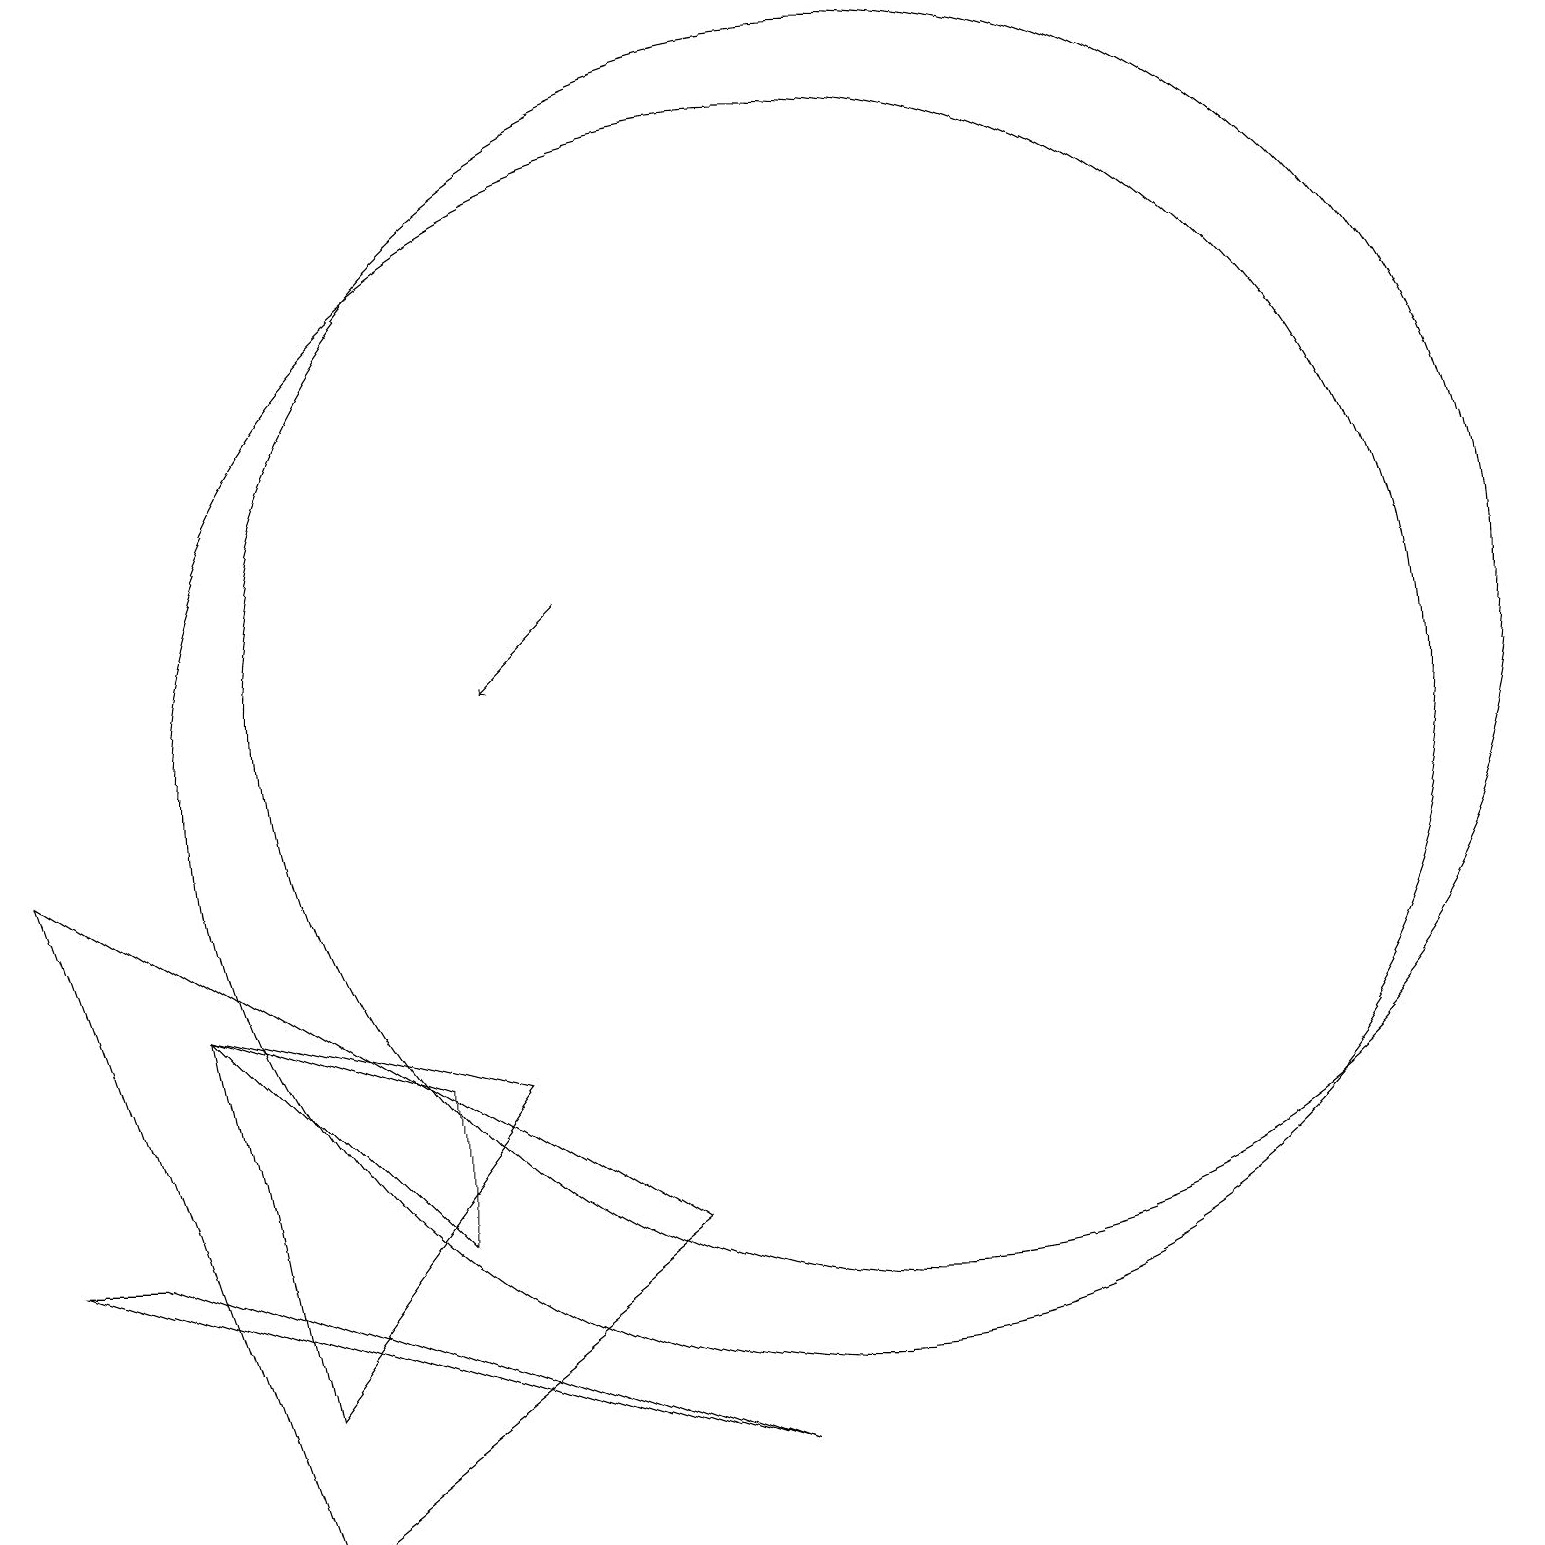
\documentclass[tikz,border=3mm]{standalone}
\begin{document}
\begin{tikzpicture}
\draw (11,11) circle (8);
\draw (2,7) -- (5,4) -- (5,6) -- cycle;
\draw (1,4) -- (9,1) -- (0,4) -- cycle;
\draw (3,2) -- (2,7) -- (6,6) -- cycle;
\draw (11,10) circle (0);
\draw (10,10) circle (8);
\draw (0,9) -- (3,0) -- (8,4) -- cycle;
\draw[->] (7,12) -- (6,11);
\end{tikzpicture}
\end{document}